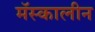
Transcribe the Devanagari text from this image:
मॅस्कालीन